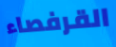
القرفصاء